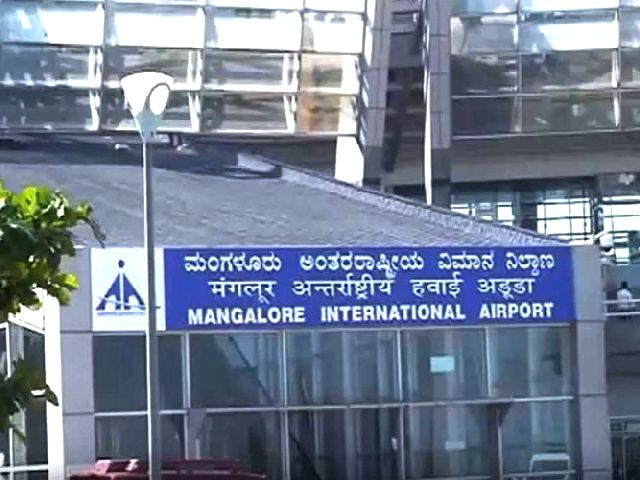
Language: kannada
Transcription: ಅಂತರರಾಷ್ಟೀಯ ವಿಮಾನ ಮಂಗಳೂರು